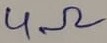
Text: 4Ω